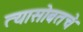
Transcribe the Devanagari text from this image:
त्यासोबतचे